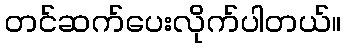
တင်ဆက်ပေးလိုက်ပါတယ်။